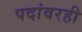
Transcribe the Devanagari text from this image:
पदांवरही